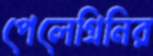
পেলেগ্রিনির